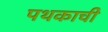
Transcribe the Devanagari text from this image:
पथकाची